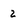
Character: 2